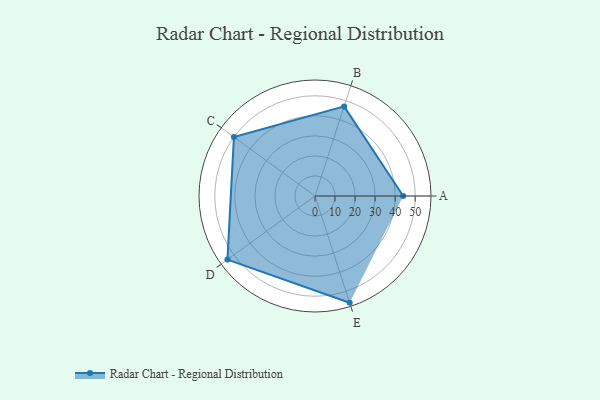
{"axis": {"x": "Skill", "y": "Score"}, "legend": ["Profile"], "data": [{"x": "A", "y": 44.0, "type": "Profile"}, {"x": "B", "y": 47.0, "type": "Profile"}, {"x": "C", "y": 50.0, "type": "Profile"}, {"x": "D", "y": 54.0, "type": "Profile"}, {"x": "E", "y": 56.0, "type": "Profile"}]}